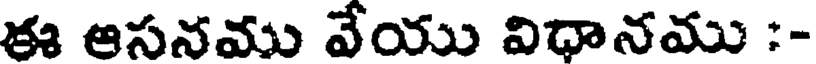
ఈ ఆసనము వేయు విధానము :-